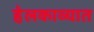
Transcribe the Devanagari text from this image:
हेलकाव्यात